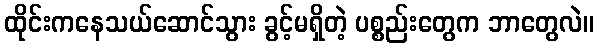
ထိုင်းကနေသယ်ဆောင်သွား ခွင့်မရှိတဲ့ ပစ္စည်းတွေက ဘာတွေလဲ။